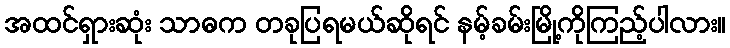
အထင်ရှားဆုံး သာဓက တခုပြရမယ်ဆိုရင် နမ့်ခမ်းမြို့ကိုကြည့်ပါလား။